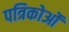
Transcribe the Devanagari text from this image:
पत्रिकोओं